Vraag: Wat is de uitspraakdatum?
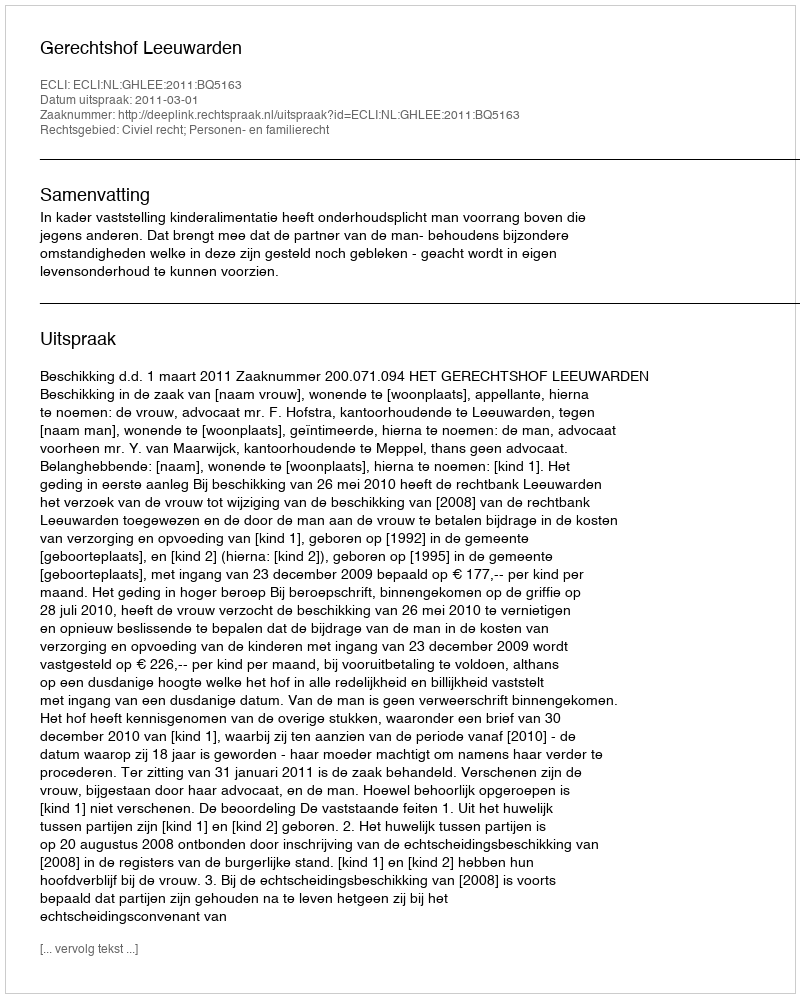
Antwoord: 2011-03-01